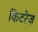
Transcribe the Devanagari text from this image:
किटरेज